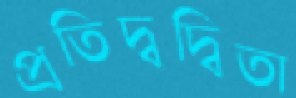
প্রতিদ্বদ্বিতা